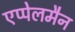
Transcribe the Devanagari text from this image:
एप्पेलमैन